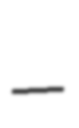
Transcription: –